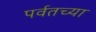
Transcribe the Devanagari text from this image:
पर्वतच्या